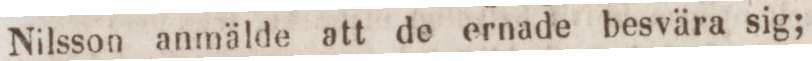
Nilsson anmälde att de ernade besvära sig;